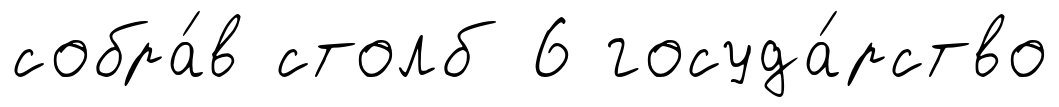
собра́в столб 6 госуда́рство